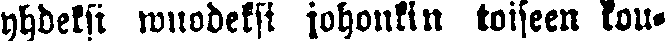
yhdeksi wuodeksi johonkin toiseen kou-